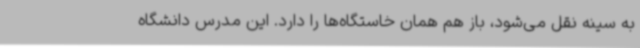
به سینه نقل می‌شود، باز هم همان خاستگاه‌ها را دارد. این مدرس دانشگاه